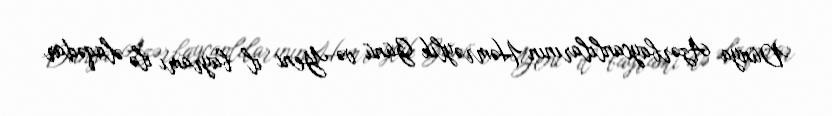
Dünya Azərbaycanlılarının Həmrəylik Günü və Yeni il bayramı ilə əlaqədar